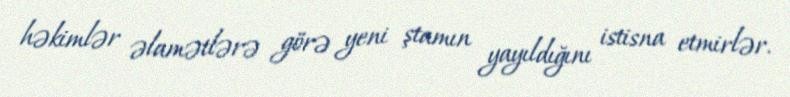
həkimlər əlamətlərə görə yeni ştamın yayıldığını istisna etmirlər.